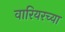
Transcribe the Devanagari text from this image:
वारियरच्या